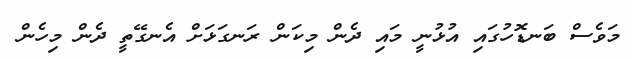
މަވެސް ބަނޑޮހުގައި އުޅުނީ މައި ދެން މިކަން ރަނގަޅަށް އެނގޭތީ ދެން މިހެން